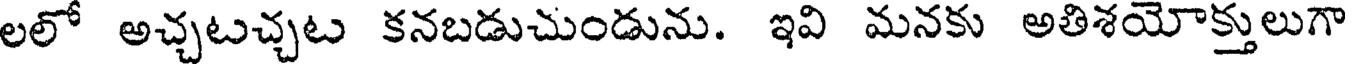
లలో అచ్చటచ్చట కనబడుచుండును. ఇవి మనకు అతిశయోక్తులుగా